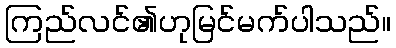
ကြည်လင်၏ဟုမြင်မက်ပါသည်။